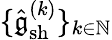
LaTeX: \{ \hat{\mathfrak{g}}_{\mathrm{sh}}^{(k)}\} _{k\in\mathbb{N}}